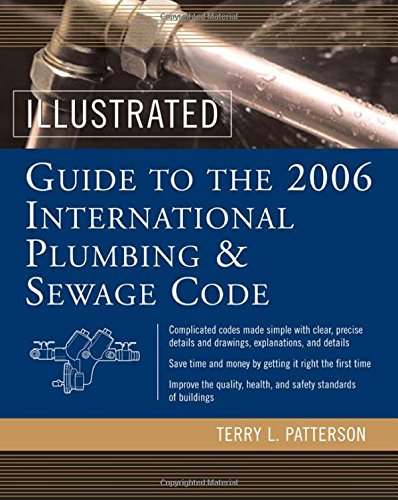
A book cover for Illustrated Guide to the 2006 International Plumbing and Sewage Codes (Illustrated Guide to the International Plumbing & Sewage Code); Terry Patterson; Law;